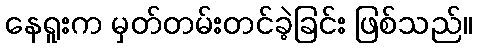
နေရူးက မှတ်တမ်းတင်ခဲ့ခြင်း ဖြစ်သည်။